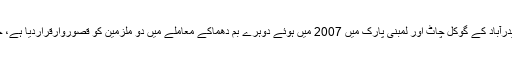
اس سے قبل 4 ستمبر کو عدالت نے حیدرآباد کے گوکل چاٹ اور لمبنی پارک میں 2007 میں ہوئے دوہرے بم دھماکے معاملے میں دو ملزمین کو قصوروارقراردیا ہے، جبکہ دو ملزمین کو بری کردیا گیا ہے۔